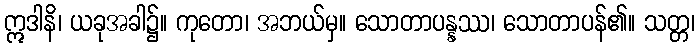
ဣဒါနိ၊ ယခုအခါ၌။ ကုတော၊ အဘယ်မှ။ သောတာပန္နဿ၊ သောတာပန်၏။ သတ္တ၊